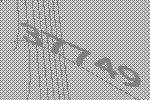
37749